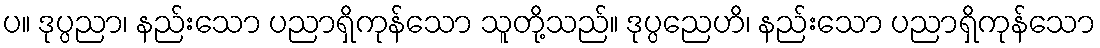
ပ။ ဒုပ္ပညာ၊ နည်းသော ပညာရှိကုန်သော သူတို့သည်။ ဒုပ္ပညေဟိ၊ နည်းသော ပညာရှိကုန်သော